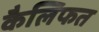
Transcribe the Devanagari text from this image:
कैलिफत